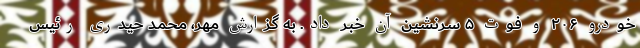
خودرو ۲۰۶ و فوت ۵ سرنشین آن خبر داد. به گزارش مهر، محمد حیدری رئیس